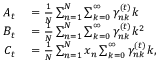
\begin{array} { r l } { A _ { t } } & { { } = \frac { 1 } { N } \sum _ { n = 1 } ^ { N } \sum _ { k = 0 } ^ { \infty } \gamma _ { n k } ^ { ( t ) } k } \\ { B _ { t } } & { { } = \frac { 1 } { N } \sum _ { n = 1 } ^ { N } \sum _ { k = 0 } ^ { \infty } \gamma _ { n k } ^ { ( t ) } k ^ { 2 } } \\ { C _ { t } } & { { } = \frac { 1 } { N } \sum _ { n = 1 } ^ { N } x _ { n } \sum _ { k = 0 } ^ { \infty } \gamma _ { n k } ^ { ( t ) } k , } \end{array}